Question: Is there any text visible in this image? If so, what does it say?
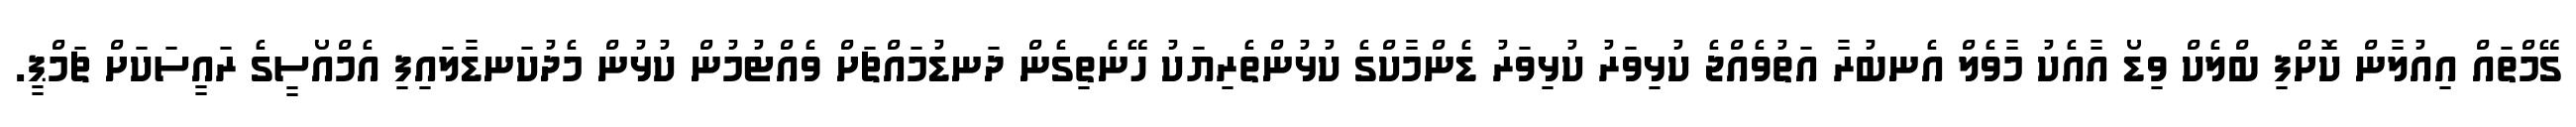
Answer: ގޭމްތައް އިއުލާން ކޮށްފި ބްލެކް ވިޑޯ އާއެކު މާވެލް އެނބުރާ އަތުވެއްޖެ ކުޅިވަރު ކުޅިވަރު ޑެންމާކްގެ ކުޅުންތެރިޔަކު ހޭނެތިގެން ދަނޑުމައްޗަށް ވެއްޓުމުން ކުޅުން މެދުކަނޑާލައިފި އެމްއޯސީގެ ރައީސަކަށް ޗަމްޕީ.